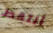
ألتقط